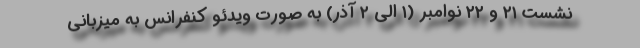
نشست ۲۱ و ۲۲ نوامبر (۱ الی ۲ آذر) به صورت ویدئو کنفرانس به میزبانی